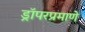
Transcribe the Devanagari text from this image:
ड्रॉपरप्रमाणे